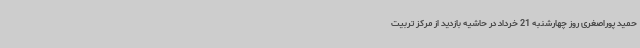
حمید پوراصغری روز چهارشنبه 21 خرداد در حاشیه بازدید از مرکز تربیت